Report of an investigation in regard to the prevalence of stegomyia and other mosquitoes in Karachi, and the measures necessary for their control
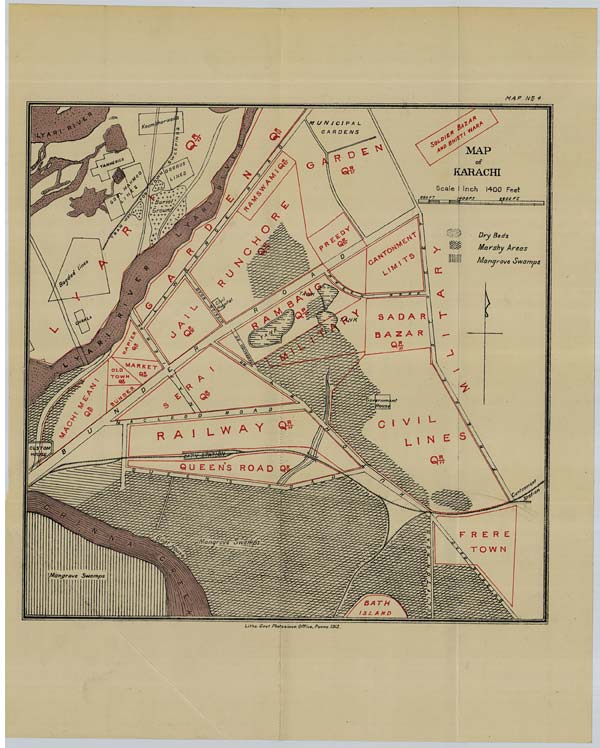
MAP No: 4
Litho: Govt. Photozinco; Office, Poona, 1913.